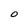
Character: 0